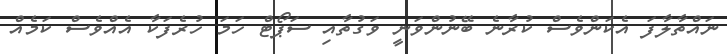
ނައްތާލާފަ އެކަންވެސް ކުރާނެ ބޭނުންވަނީ ވަގުތާއި ސަޕޯޓް ހަމަ ހުރެފަކާ އެއްވެސް ކަމެއް